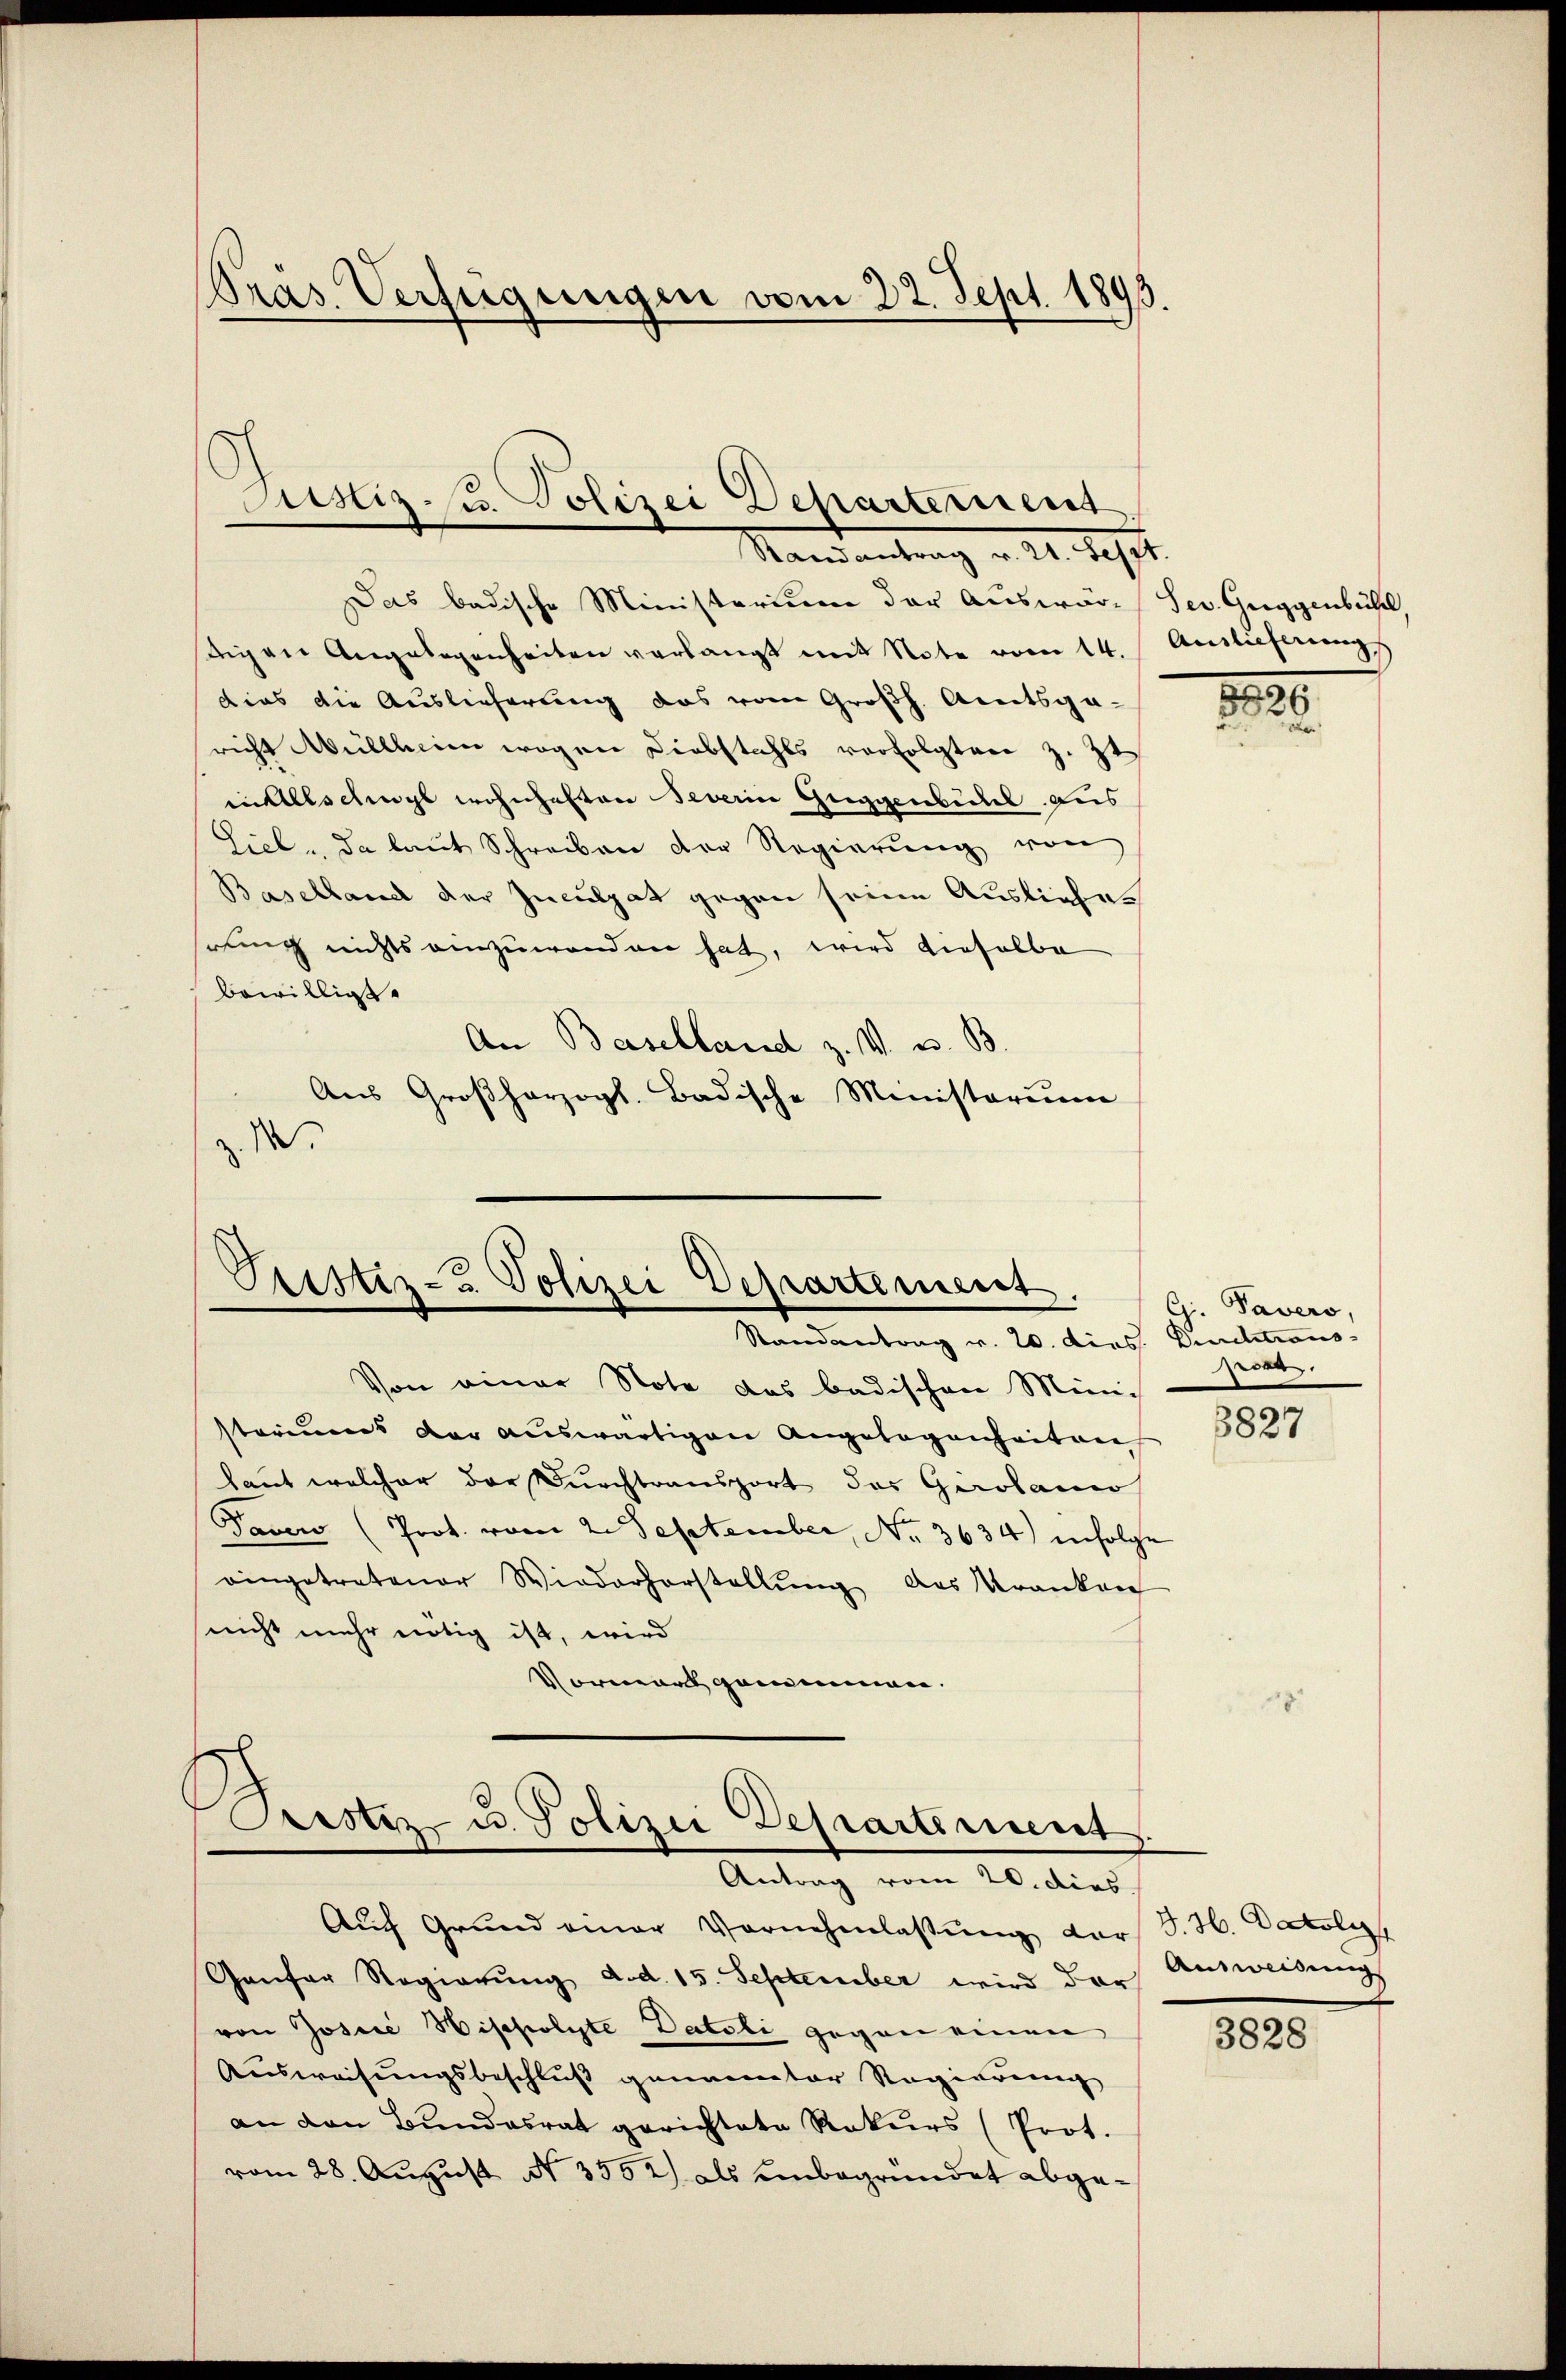
Präs. Verfügungen vom 22. Sept. 1893.

Justiz u. Polizei Departerient
Randantrag v. 21. Sept.

Das badische Ministerium der Auswär¬ Sev. Guggenbühl
tigen Angelegenheiten verlangt mit Note vom 14. Auslieferung
dies die Auslieferung das vom Großh. Amtsgaricht Müllheim wegen Diebstahls verfolgten z. Zt.
inAllschungs wohnhaften Severin Guggenbuchel aus
Liel, da laŭt Schreiben der Regierŭng von
Baselland der Inculpat gegen seine Auslieferung nichts einzuwenden hat, wird dieselbe
bewilligt.
An Baselland z. V. u. B
Aus Großherzogl. Badische Ministorium
Z. M.

Pustiz- & Polizei Departement
Randantrag v. 20. dies. Durchtrans

Cristiz u. Polizei Departement
Antrag vom 20. dies
Auch Grund einer Vornehmlassŭng dar

Von einer Note des badischen Ministoriums der auswärtigen Angelegenheiten
laut welcher der Durchtransport das Gerolamo
Taver (Prot. vom 2. September, No. 3634) infolge
eingetretener Wiederhorstellŭng des Kranken
nicht mehr nötig ist, wird
Vormerk genommen.

Ganfer Regierŭng d.d. 15. September wird der Ausweisung
von Josiić Hischolyte Datoli gegen einen
Ausweisungsbeschluß genannter Regierung
an den Bundesrat gerichtete Rekurs (Prot.
vom 28. August N. 3552) als unbegründet abge¬

15
2.
e

Gi. Tavers
port

3827

J. H. Datoly

3828